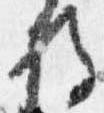
将